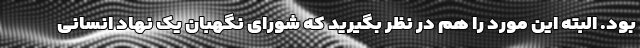
بود. البته این مورد را هم در نظر بگیرید که شورای نگهبان یک نهاد انسانی